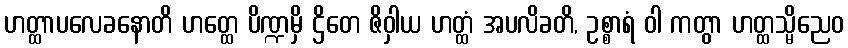
ဟတ္ထာပလေခနောတိ ဟတ္ထေ ပိဏ္ဍမှိ ဌိတေ ဇိဝှါယ ဟတ္ထံ အပလိခတိ, ဥစ္စာရံ ဝါ ကတွာ ဟတ္ထသ္မိညေဝ